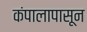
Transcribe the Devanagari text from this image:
कंपालापासून